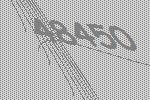
48450